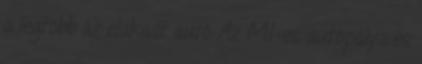
a legtöbb az elakadt autó Az M1-es autópálya és